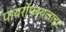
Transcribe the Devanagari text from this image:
पायरोंफायलाइट